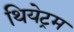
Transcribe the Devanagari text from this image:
थियेट्रम